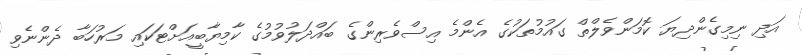
އަދި ނިމިގެންދިޔަ ކޮމަންވެލްތް ގައުމުތަކުގެ އެންމެ އިސްވެރިންގެ ބައްދަލުވުމުގެ ކާމިޔާބީއަށްޓަކައި މަރުހަބާ ދެންނެވި